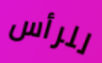
للرأس